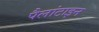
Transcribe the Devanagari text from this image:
पैलांटाइन